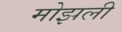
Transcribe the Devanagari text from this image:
मोझली